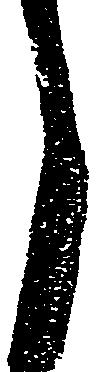
く